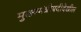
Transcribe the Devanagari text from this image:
मुख्यमंत्रीपदीदेखील